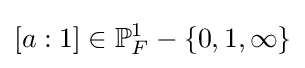
[a:1]\in \mathbb {P} _{F}^{1}-\{0,1,\infty \}